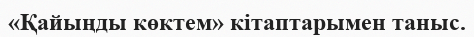
«Қайыңды көктем» кітаптарымен таныс.